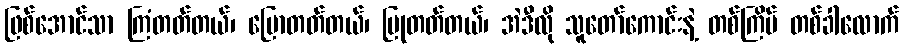
ဖြစ်အောင်သာ ကြံတတ်တယ်၊ ပြောတတ်တယ်၊ ပြုတတ်တယ်၊ အဲဒီလို သူတော်ကောင်းနဲ့ တစ်ကြိမ် တစ်ခါလောက်